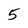
Character: 5